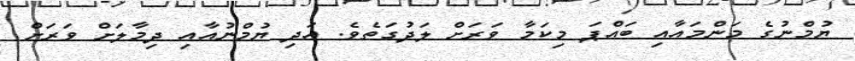
ޔުމްނުގެ މަންމައާއި ބައްޕަ މިކަމާ ވަރަށް ލަދުގަތެވެ. އަދި ޔުމްނުއާއި ދިމާލަށް ވަރަށް